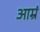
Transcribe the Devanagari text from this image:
आम्रं